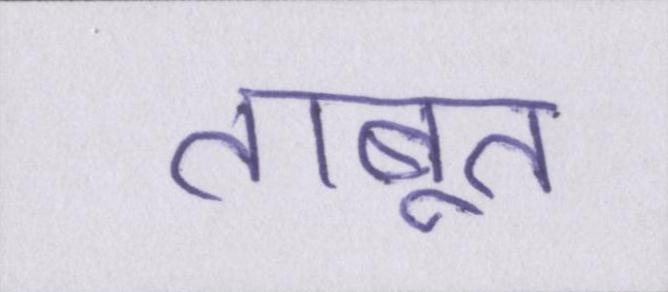
ताबूत